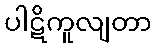
ပါဋိကူလျတာ